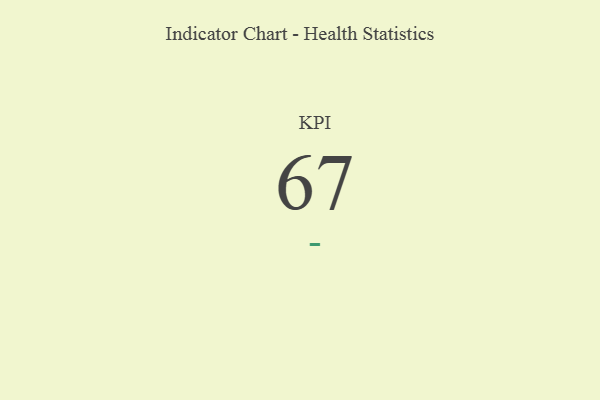
{"axis": {"x": "KPI", "y": "Value"}, "legend": [""], "data": [{"x": "KPI", "y": 67, "type": ""}]}